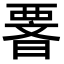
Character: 𭧆